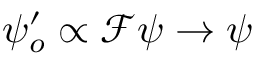
\psi _ { o } ^ { \prime } \propto \mathcal { F } \psi \rightarrow \psi